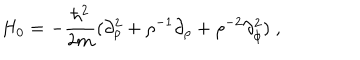
H _ { 0 } = - \frac { \hbar ^ { 2 } } { 2 m } ( \partial _ { \rho } ^ { 2 } + \rho ^ { - 1 } \partial _ { \rho } + \rho ^ { - 2 } \partial _ { \phi } ^ { 2 } ) \; ,